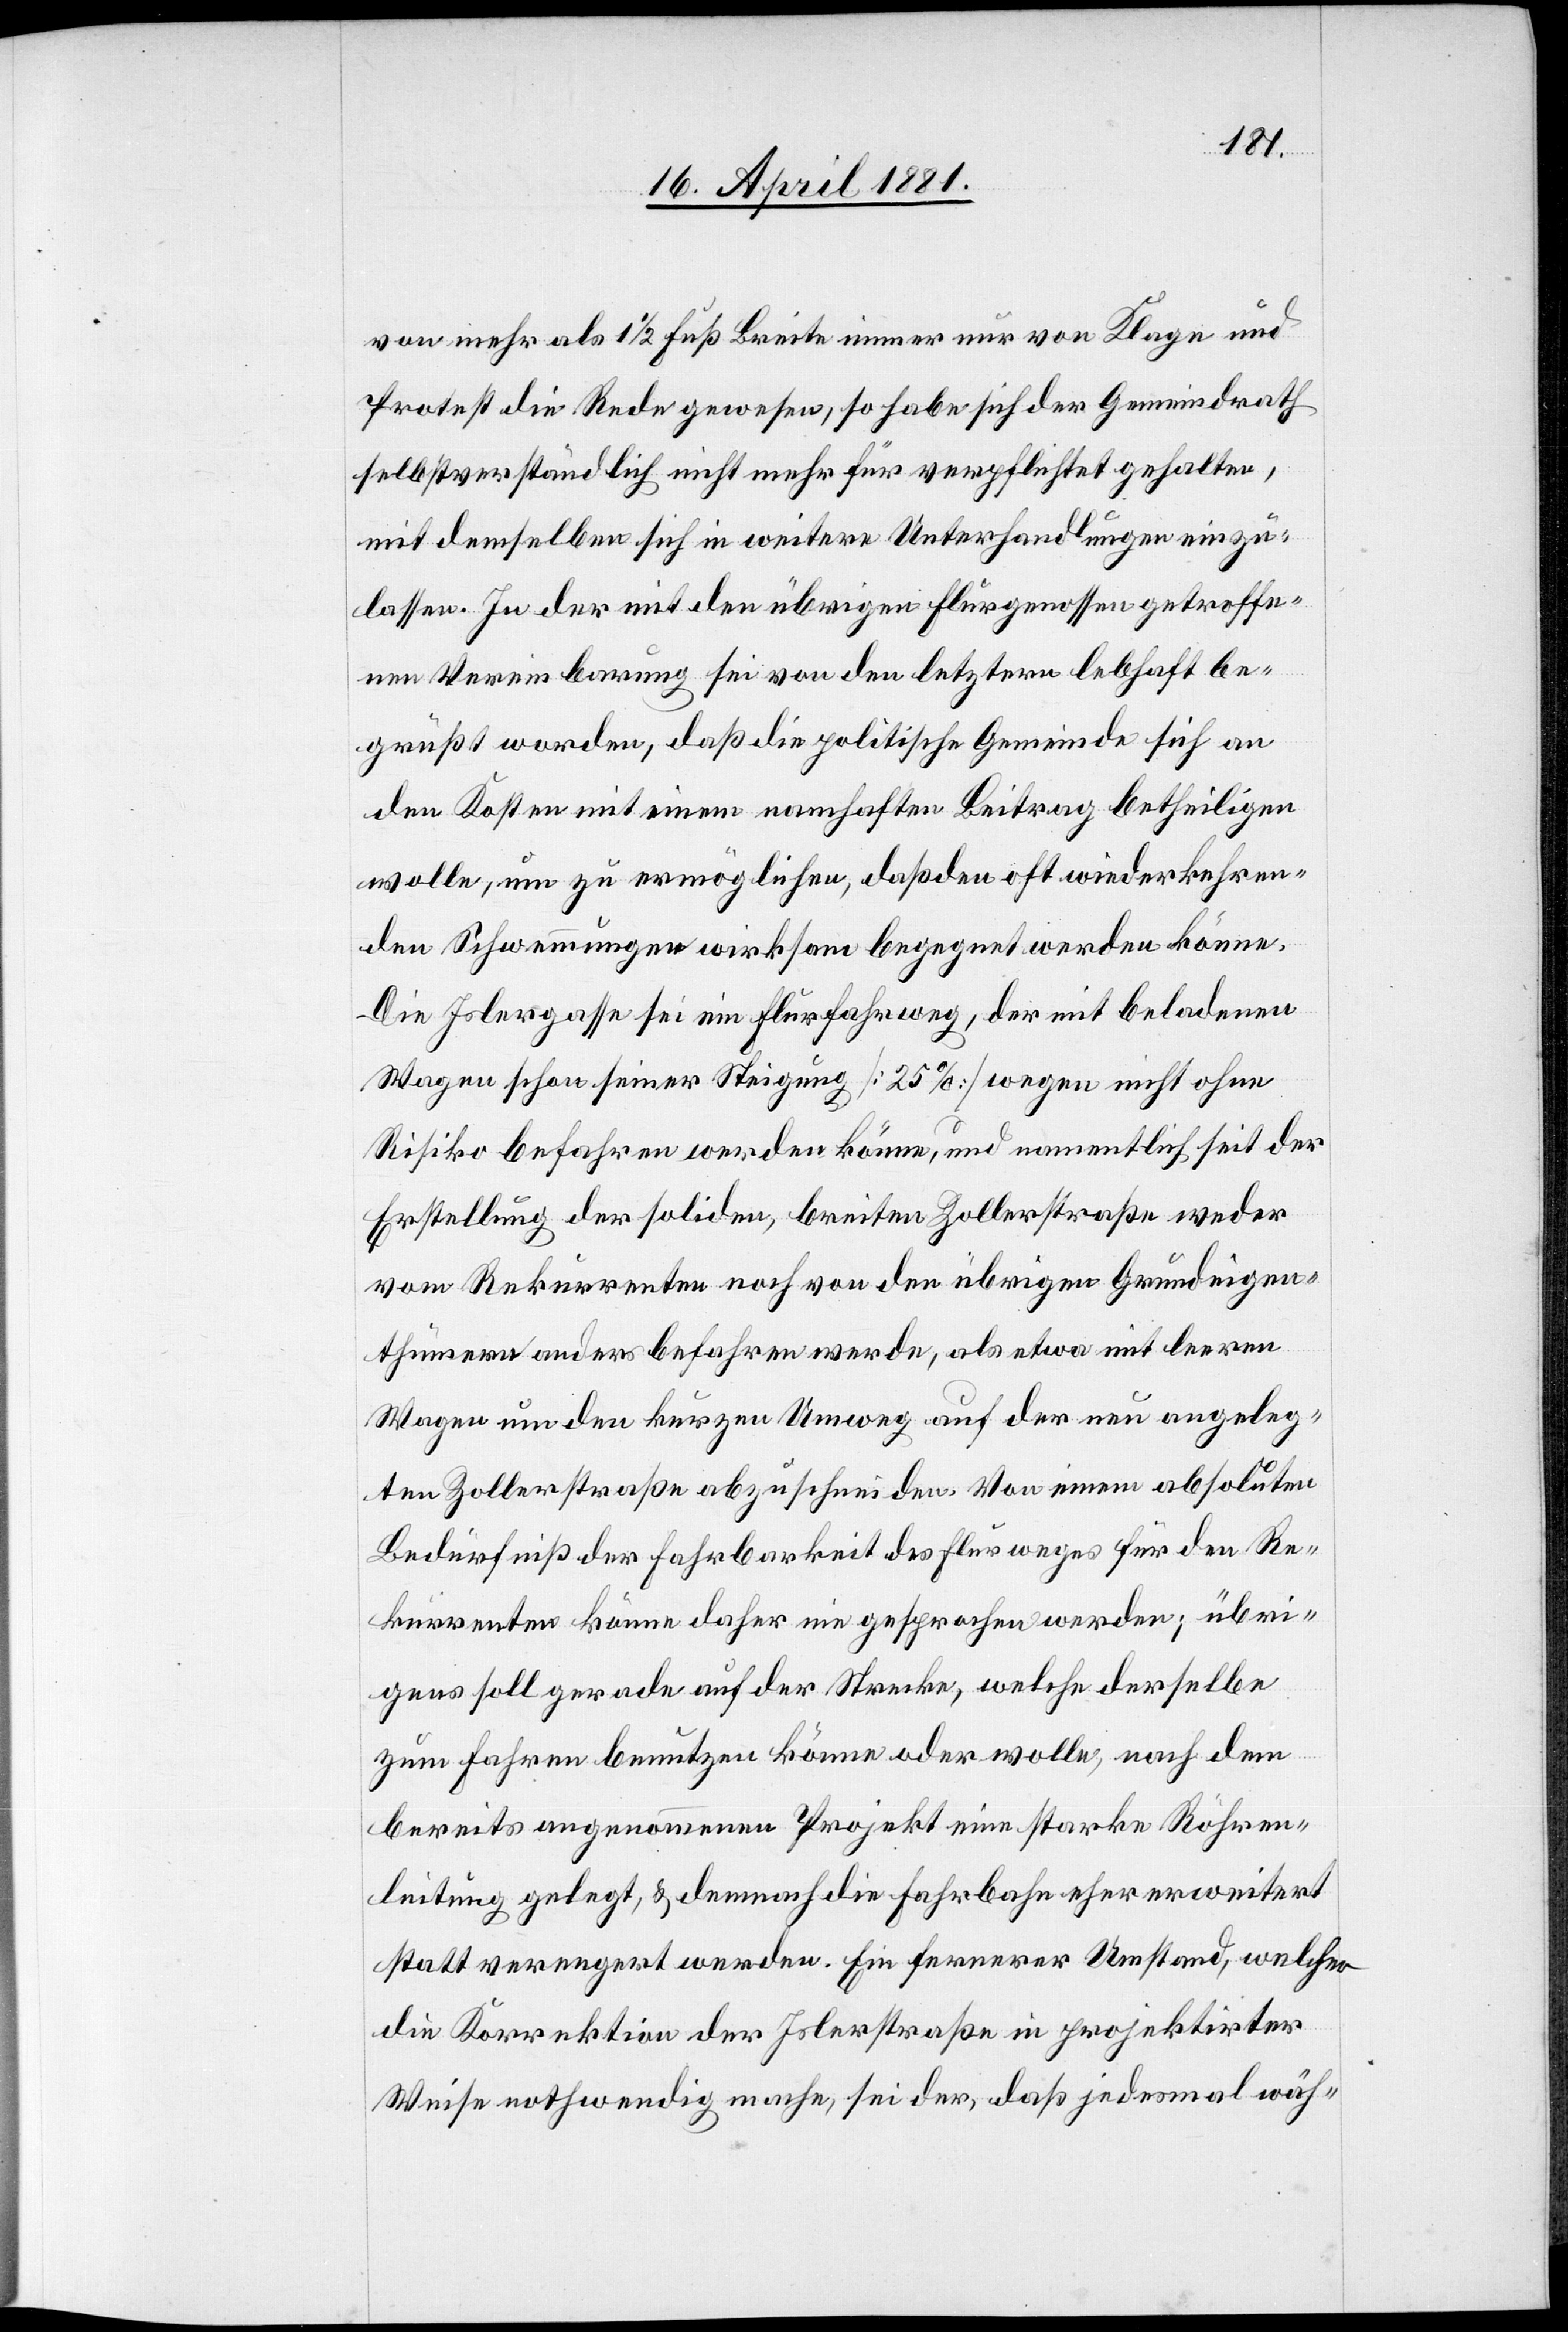
von mehr als 1 1/2 Fuß Breite immer nur von Klage und
Protest die Rede gewesen, so habe sich der Gemeindrath
selbstverständlich nicht mehr für verpflichtet gehalten,
mit demselben sich in weitere Unterhandlungen einzu¬
lassen. In der mit den übrigen Flurgenossen getroffe¬
nen Vereinbarung sei von den letztern lebhaft be¬
grüßt worden, daß die politische Gemeinde sich an
den Kosten mit einem namhaften Beitrag betheiligen
wolle, um zu ermöglichen, daß den oft wiederkehren¬
den Schwemmungen wirksam begegnet werden könne.
Die Islergasse sei ein Flurfahrweg, der mit geladenen
Wagen schon seiner Steigung [25%] wegen nicht ohne
Risiko befahren werden könne, und namentlich seit der
Erstellung der soliden, breiten Zollerstraße weder
vom Rekurrenten noch von den übrigen Grundeigen¬
thümern anders befahren werde, als etwa mit leeren
Wagen um den kurzen Umweg auf der neu angeleg¬
ten Zollerstraße abzuschneiden. Von einem absoluten
Bedürfniß der Fahrbarkeit des Flurweges für den Re¬
kurrenten könne daher nie gesprochen werden; übri¬
gens soll gerade auf der Strecke, welche derselbe
zum Fahren benutzen könne oder wolle, nach dem
bereits angenommenen Projekt eine starke Röhren¬
leitung gelegt, & demnach die Fahrbahn eher erweitert
statt verengert werden. Ein fernerer Umstand, welcher
die Korrektion der Islerstraße in projektierter
Weise nothwendig mache, sei der, daß jedesmal wäh-